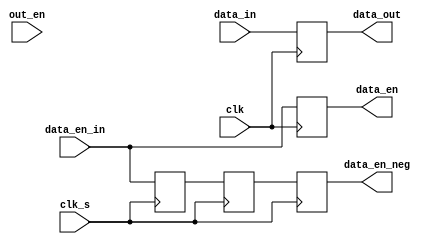
module source_out_1bit_s(
	input clk,
	input clk_s,
	input data_en_in,
	input out_en,
	input data_in,
	output reg data_en,
	output reg data_en_neg,
	output reg data_out
	);
	
reg data_en_neg0,data_en_neg1;

always @(posedge clk)
begin
	data_en <= data_en_in;
	data_out <= data_in;
end

always @(posedge clk_s)
begin
	data_en_neg0 <= data_en_in;
	data_en_neg1 <= data_en_neg0;
	data_en_neg <= data_en_neg1;
end

endmodule